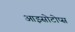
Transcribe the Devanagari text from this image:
आइसोटोप्स